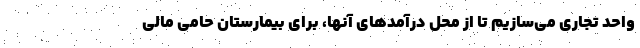
واحد تجاری می‌سازیم تا از محل درآمدهای آنها، برای بیمارستان حامی مالی